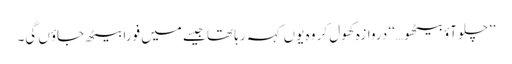
’’چلو آؤ بیٹھو…‘‘ دروازہ کھول کر وہ یوں کہہ رہا تھا جیسے میں فوراً بیٹھ جاؤں گی۔